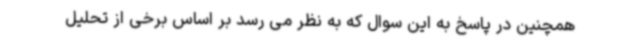
همچنین در پاسخ به این سوال که به نظر می رسد بر اساس برخی از تحلیل